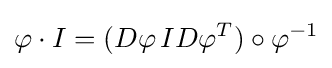
\varphi \cdot I=(D\varphi \,ID\varphi ^{T})\circ \varphi ^{-1}